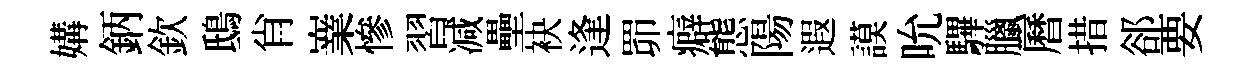
媾鈵欽鴟肖嶪慘習减壘袂逢𦊑癖態陽遐謨吮驆臘曆措郤要